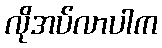
လိုအပ်လာပါက